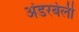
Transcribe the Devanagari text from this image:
अंडरबेली